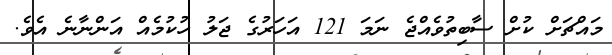
މައްޗަށް ކުށް ސާބިތުވެއްޖެ ނަމަ 121 އަހަރުގެ ޖަލު ހުކުމެއް އަންނާނެ އެވެ.